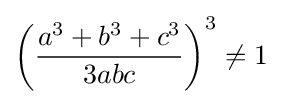
\left({\frac {a^{3}+b^{3}+c^{3}}{3abc}}\right)^{3}\neq 1